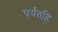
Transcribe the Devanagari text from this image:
पर्यंतहि